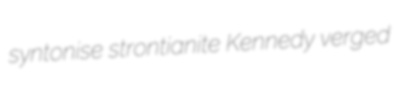
syntonise strontianite Kennedy verged